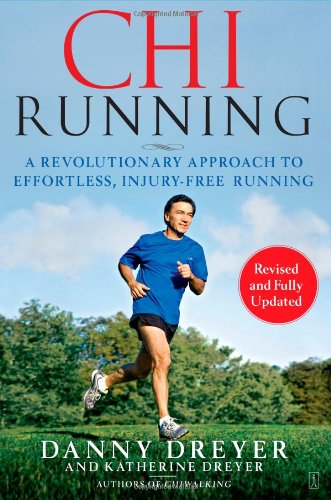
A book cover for ChiRunning: A Revolutionary Approach to Effortless, Injury-Free Running; Danny Dreyer; Health, Fitness & Dieting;